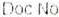
DOC NO